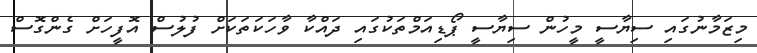
މިޒަމާނުގައި ސިޔާސީ މީހުން ސިޔާސީ ޕޯޑިއަމްތަކުގައި ދައްކާ ވާހަކަތަކަށް ފުލުސް އޮފީހަށް ގެންގޮސް